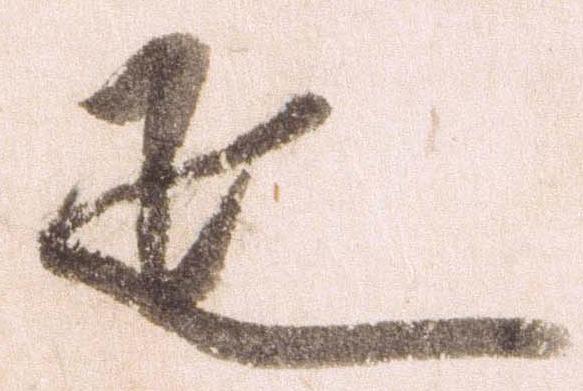
疋